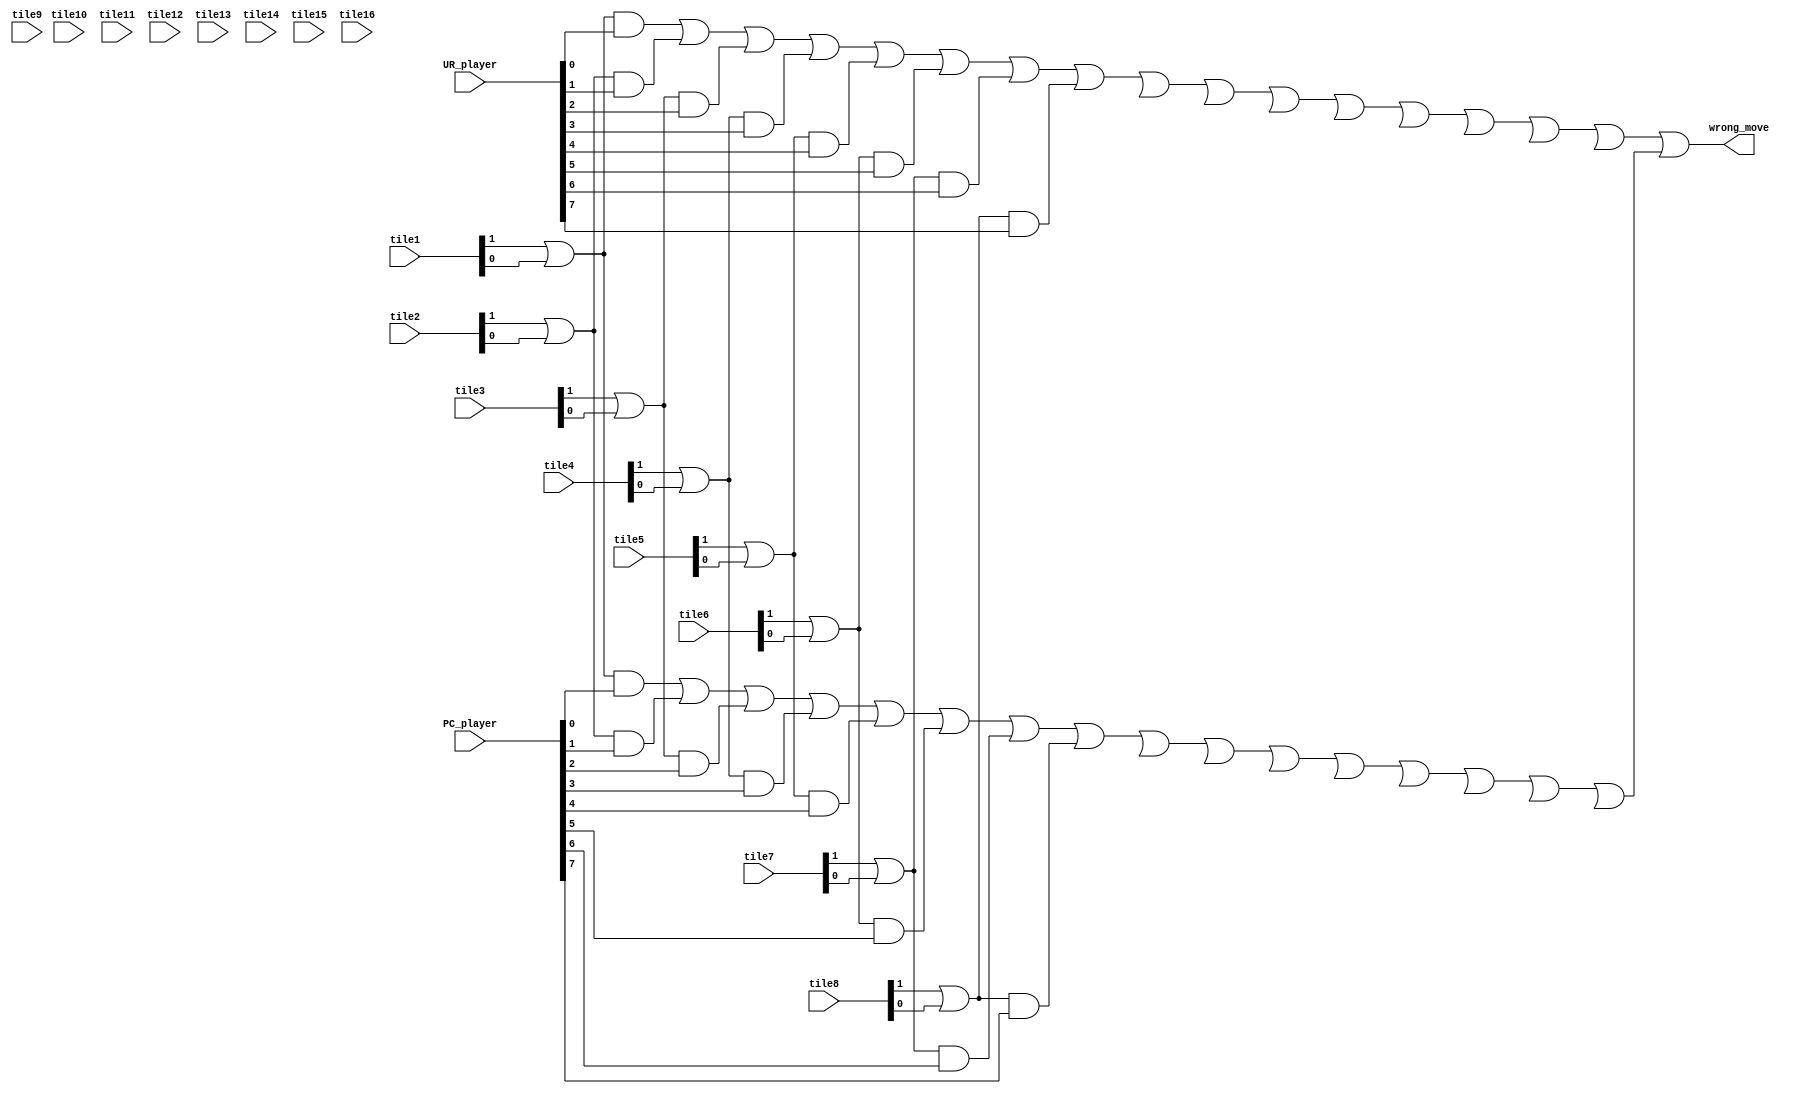
`timescale 1ns / 1ps
//////////////////////////////////////////////////////////////////////////////////
// Company: 
// Engineer: 
// 
// Design Name: 
// Module Name: illegal_move_detector
// Project Name: 
// Target Devices: 
// Tool Versions: 
// Description: 
// 
// Dependencies: 
// 
// Revision:
// Revision 0.01 - File Created
// Additional Comments:
// 
//////////////////////////////////////////////////////////////////////////////////
module wrong_move_detector(
   input [1:0] tile1,tile2,tile3,tile4,tile5,tile6,tile7,tile8,tile9,tile10,tile11,tile12,tile13,tile14,tile15,tile16, 
   input [15:0] PC_player, UR_player, 
   output wire wrong_move
   );
wire illegal1,illegal2,illegal3,illegal4,illegal5,illegal6,illegal7,illegal8,illegal9,illegal10,illegal11,illegal12,illegal13,illegal14,illegal15,illegal16;
wire illegal17,illegal18,illegal19,illegal20,illegal21,illegal22,illegal23,illegal24,illegal25,illegal26,illegal27,illegal28,illegal29,illegal30,illegal31,illegal32;
wire illegal33,illegal34;
// player 1 : illegal moving    
assign illegal1 = (tile1[1] | tile1[0]) & UR_player[0];
assign illegal2 = (tile2[1] | tile2[0]) & UR_player[1];
assign illegal3 = (tile3[1] | tile3[0]) & UR_player[2];
assign illegal4 = (tile4[1] | tile4[0]) & UR_player[3];
assign illegal5 = (tile5[1] | tile5[0]) & UR_player[4];
assign illegal6 = (tile6[1] | tile6[0]) & UR_player[5];
assign illegal7 = (tile7[1] | tile7[0]) & UR_player[6];
assign illegal8 = (tile8[1] | tile8[0]) & UR_player[7];
assign iilegal9 = (tile9[1] | tile9[0]) & UR_player[8];
assign iilegal10 = (tile10[1] | tile10[0]) & UR_player[9];
assign iilegal11 = (tile11[1] | tile11[0]) & UR_player[10];
assign iilegal12= (tile12[1] | tile12[0]) & UR_player[11];
assign iilegal13 = (tile13[1] | tile13[0]) & UR_player[12];
assign iilegal14 = (tile14[1] | tile14[0]) & UR_player[13];
assign iilegal15 = (tile15[1] | tile15[0]) & UR_player[14];
assign iilegal16= (tile16[1] | tile16[0]) & UR_player[15];
// player 2 : illegal moving  
assign illegal17 = (tile1[1] | tile1[0]) & PC_player[0];
assign illegal18 = (tile2[1] | tile2[0]) & PC_player[1];
assign illegal19 = (tile3[1] | tile3[0]) & PC_player[2];
assign illegal20 = (tile4[1] | tile4[0]) & PC_player[3];
assign illegal21 = (tile5[1] | tile5[0]) & PC_player[4];
assign illegal22 = (tile6[1] | tile6[0]) & PC_player[5];
assign illegal23 = (tile7[1] | tile7[0]) & PC_player[6];
assign illegal24 = (tile8[1] | tile8[0]) & PC_player[7];
assign iilegal25 = (tile9[1] | tile9[0]) & PC_player[8];
assign iilegal26 = (tile10[1] | tile10[0]) & PC_player[9];
assign iilegal27 = (tile11[1] | tile11[0]) & PC_player[10];
assign iilegal28 = (tile12[1] | tile12[0]) & PC_player[11];
assign iilegal29 = (tile13[1] | tile13[0]) & PC_player[12];
assign iilegal30 = (tile14[1] | tile14[0]) & PC_player[13];
assign iilegal31 = (tile15[1] | tile15[0]) & PC_player[14];
assign iilegal32 = (tile16[1] | tile16[0]) & PC_player[15];

// intermediate signals 
assign illegal33 =(((((((((((((((illegal1| illegal2) | illegal3) | illegal4) | illegal5) | illegal6) | illegal7) | illegal8) | illegal9)| illegal10) | illegal11) | illegal12) | illegal13) | illegal14) | illegal15) | illegal16);
assign illegal34 =(((((((((((((((illegal17 | illegal18) | illegal19) | illegal20) | illegal21) | illegal22) | illegal23) | illegal24) | illegal25) | illegal26) | illegal27)| illegal28 ) | illegal29) | illegal30 )| illegal31 )| illegal32);
// output illegal move 
assign wrong_move = illegal33 | illegal34 ;
endmodule